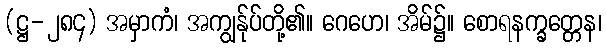
(ဋ္ဌ-၂၈၄) အမှာကံ၊ အကျွန်ုပ်တို့၏။ ဂေဟေ၊ အိမ်၌။ စောရနက္ခတ္တေန၊